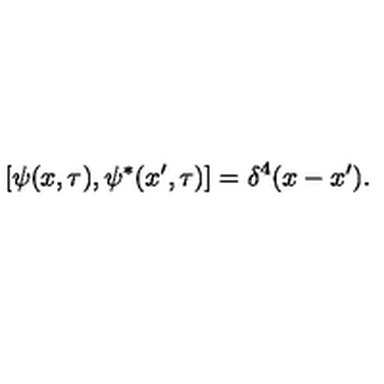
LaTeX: [ \psi ( x , \tau ) , \psi ^ { * } ( x ^ { \prime } , \tau ) ] = \delta ^ { 4 } ( x - x ^ { \prime } ) .